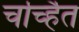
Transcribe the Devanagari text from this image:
चर्च्हित